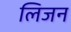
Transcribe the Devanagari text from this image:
लिजन